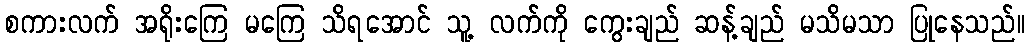
စကားလက် အရိုးကြေ မကြေ သိရအောင် သူ့ လက်ကို ကွေးချည် ဆန့်ချည် မသိမသာ ပြုနေသည်။